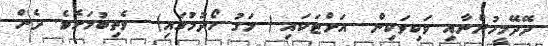
ދޭދޭމީހުންނާއި ވަކިވަކިން  އަށްޓަކައި ( މަގު ހޯދުމުގައި)  ވެތިބުމަށެވެ. ދެން